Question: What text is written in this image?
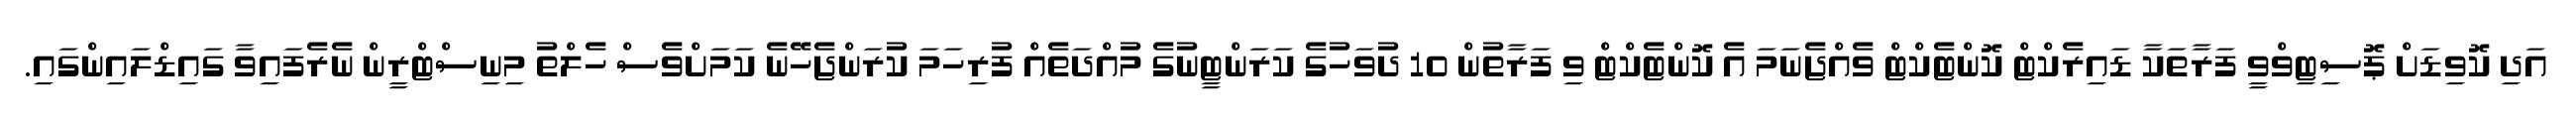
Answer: އަދި ކޮވިޑަށް ޕޮސިޓިވްވީ ފަރާތަކާ ޑައިރެކްޓް ކޮންޓެކްޓް ވެއްޖެނަމަ އެ ކޮންޓެކްޓް ވި ފަރާތުން 10 ދުވަހުގެ ކަރަންޓީނުގެ މުއްދަތެއް ފުރިހަމަ ކުރަންޖެހޭނެ ކަމަށްވެސް ހެލްތު މިނިސްޓްރީން ނެރެފައިވާ ގައިޑްލައިންގައި.